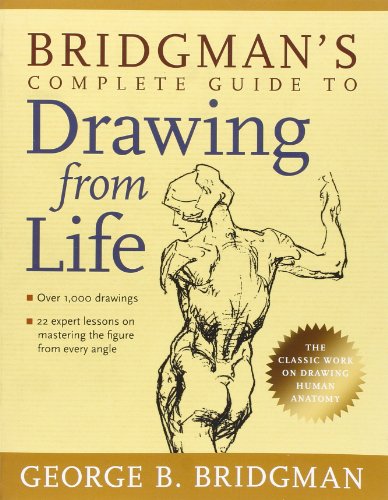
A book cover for Bridgman's Complete Guide to Drawing from Life; George Bridgman; Arts & Photography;